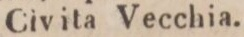
Civita Vecchia.